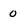
Character: 0